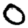
Digit: 0